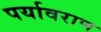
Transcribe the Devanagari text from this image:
पर्यावराण